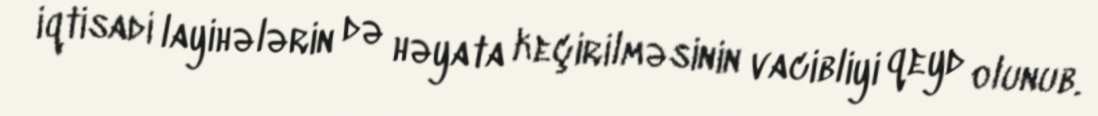
iqtisadi layihələrin də həyata keçirilməsinin vacibliyi qeyd olunub.